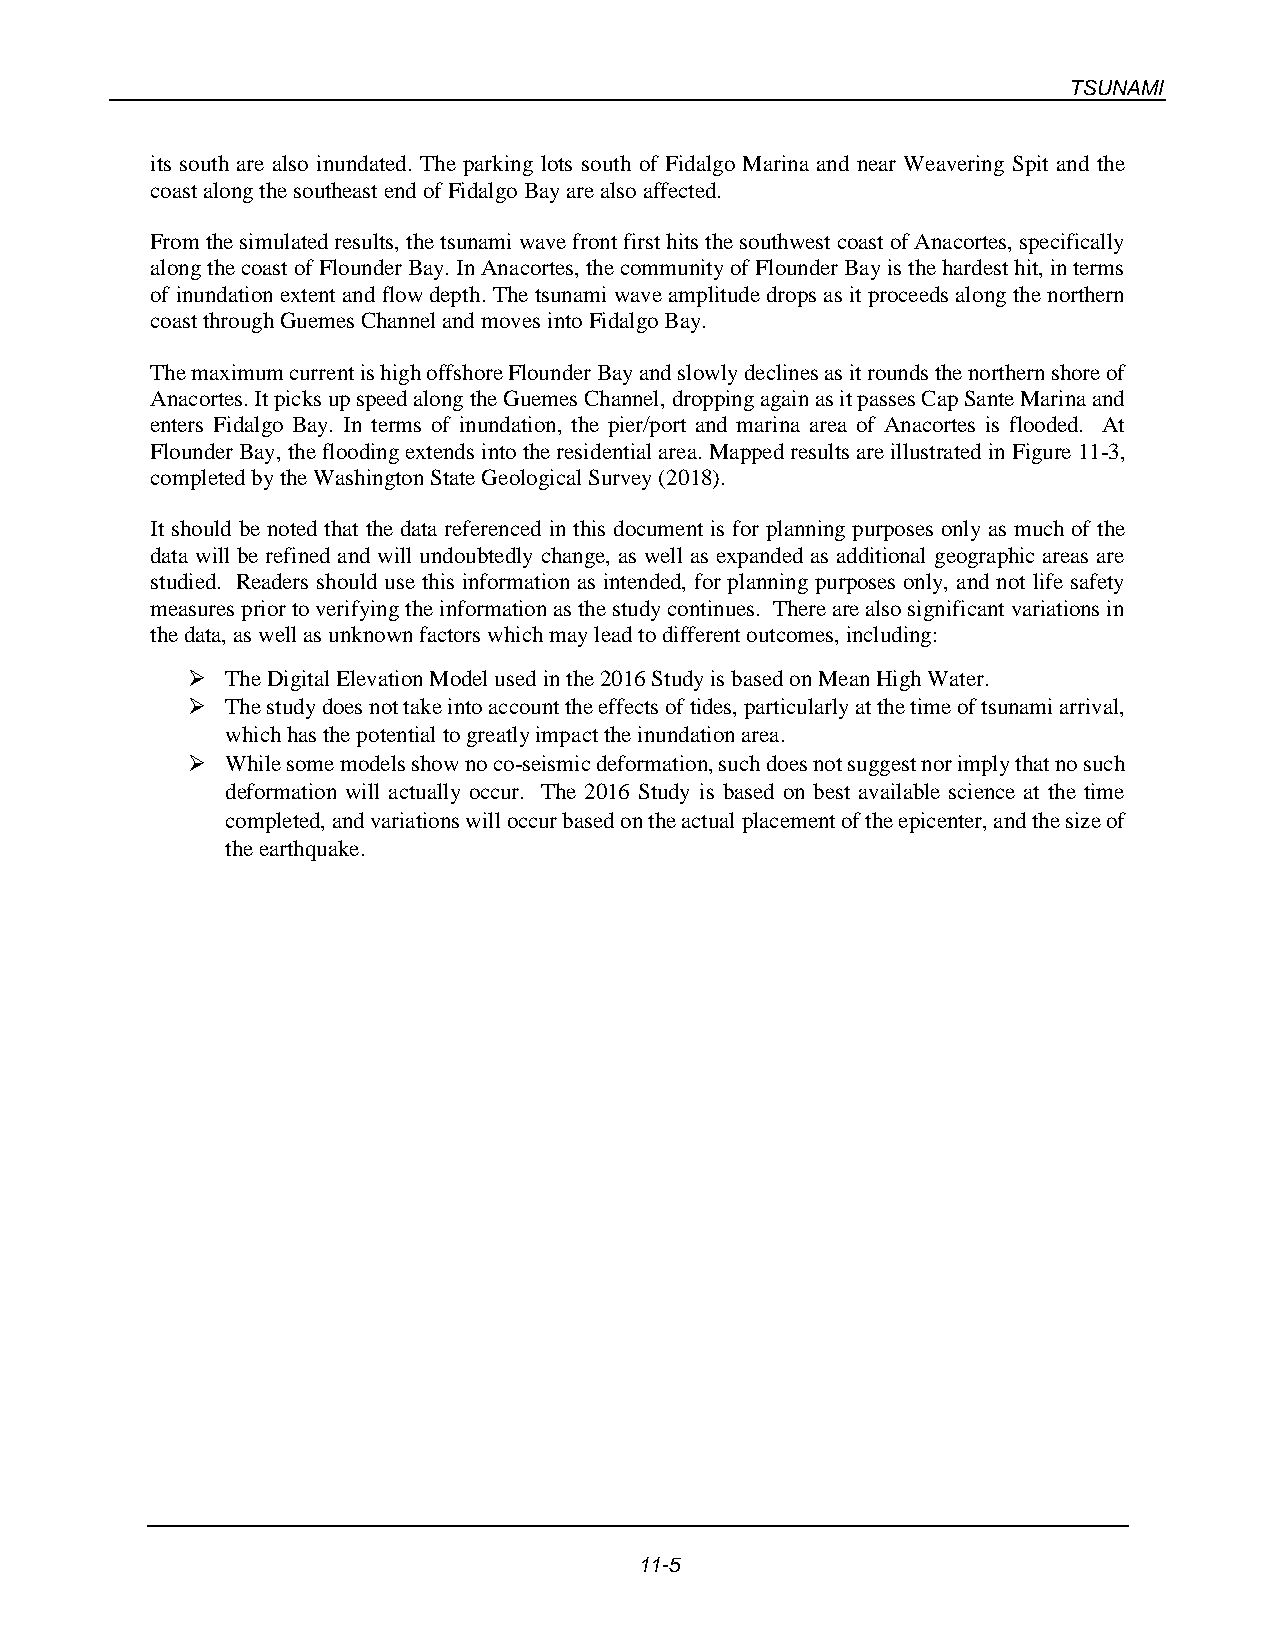
TSUNAMI
 its south are also inundated. The parking lots south of Fidalgo Marina and near Weavering Spit and the
 coast along the southeast end of Fidalgo Bay are also affected.
 From the simulated results, the tsunami wave front first hits the southwest coast of Anacortes, specifically
 along the coast of Flounder Bay. In Anacortes, the community of Flounder Bay is the hardest hit, in terms
 of inundation extent and flow depth. The tsunami wave amplitude drops as it proceeds along the northern
 coast through Guemes Channel and moves into Fidalgo Bay.
 The maximum current is high offshore Flounder Bay and slowly declines as it rounds the northern shore of
 Anacortes. It picks up speed along the Guemes Channel, dropping again as it passes Cap Sante Marina and
 enters Fidalgo Bay. In terms of inundation, the pier/port and marina area of Anacortes is flooded. At
 Flounder Bay, the flooding extends into the residential area. Mapped results are illustrated in Figure 11-3,
 completed by the Washington State Geological Survey (2018).
 It should be noted that the data referenced in this document is for planning purposes only as much of the
 data will be refined and will undoubtedly change, as well as expanded as additional geographic areas are
 studied. Readers should use this information as intended, for planning purposes only, and not life safety
 measures prior to verifying the information as the study continues. There are also significant variations in
 the data, as well as unknown factors which may lead to different outcomes, including:
 ➢  The Digital Elevation Model used in the 2016 Study is based on Mean High Water.
 ➢  The study does not take into account the effects of tides, particularly at the time of tsunami arrival,
 which has the potential to greatly impact the inundation area.
 ➢  While some models show no co-seismic deformation, such does not suggest nor imply that no such
 deformation will actually occur. The 2016 Study is based on best available science at the time
 completed, and variations will occur based on the actual placement of the epicenter, and the size of
 the earthquake.
 11-5